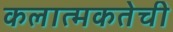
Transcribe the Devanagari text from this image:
कलात्मकतेची